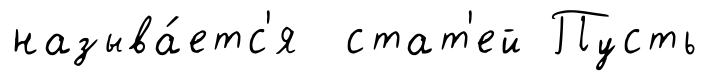
называ́етс'я стат'ей Пусть